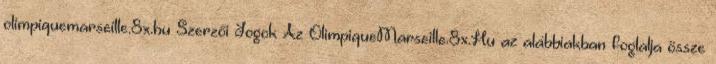
olimpiquemarseille.8x.hu Szerzői Jogok Az OlimpiqueMarseille.8x.Hu az alábbiakban foglalja össze